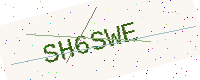
Text: SH6SWE